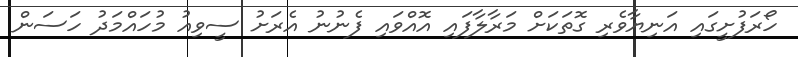
ހޯރަފުށީގައި އަނިޔާވެރި ގޮތަކަށް މަރާލާފައި އޮއްވައި ފެނުނު އެރަށު ސީވިއު މުހައްމަދު ހަސަން